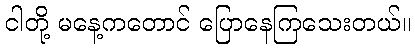
ငါတို့ မနေ့ကတောင် ပြောနေကြသေးတယ်။